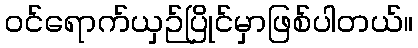
ဝင်ရောက်ယှဉ်ပြိုင်မှာဖြစ်ပါတယ်။